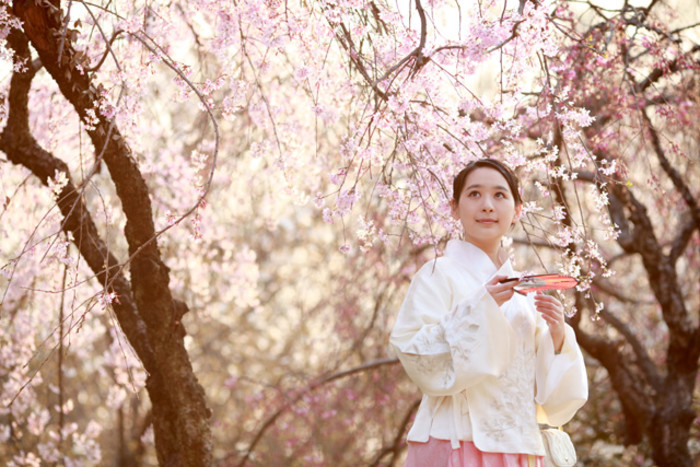
谁爱风流高格调，共怜时世俭梳妆。